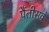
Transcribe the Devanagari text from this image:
पैंतीसवें